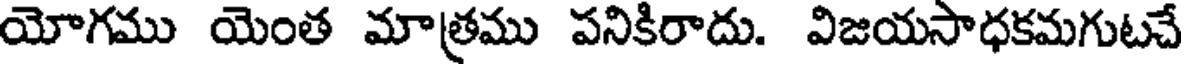
యోగము యెంత మాత్రము పనికిరాదు. విజయసాధకమగుటచే